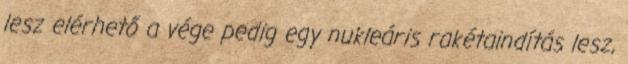
lesz elérhető a vége pedig egy nukleáris rakétaindítás lesz,